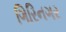
ગિરિનગર